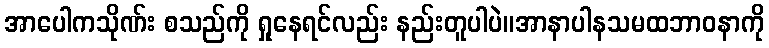
အာပေါကသိုဏ်း စသည်ကို ရှုနေရင်လည်း နည်းတူပါပဲ။အာနာပါနသမထဘာဝနာကို